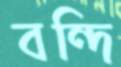
বন্দি